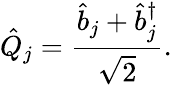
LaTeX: \hat{Q}_{j}=\frac{\hat{b}_{j}+\hat{b}_{j}^{\dagger}}{\sqrt{2}}.